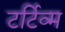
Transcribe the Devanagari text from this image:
टर्टिव्म